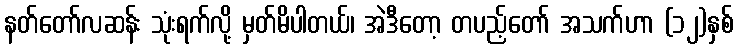
နတ်တော်လဆန်း သုံးရက်လို့ မှတ်မိပါတယ်၊ အဲဒီတော့ တပည့်တော် အသက်ဟာ (၁၂)နှစ်